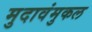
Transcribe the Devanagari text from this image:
मुदावंमुकल